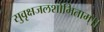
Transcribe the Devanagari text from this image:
सुवृक्षजलशोभिताम्।।